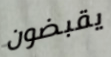
يقبضون